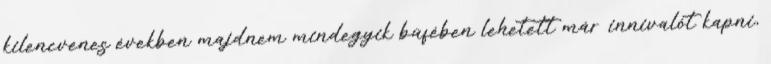
kilencvenes években majdnem mindegyik büfében lehetett már innivalót kapni,